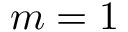
m = 1